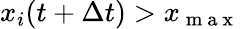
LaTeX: x_{i}(t+\Delta t)>x_{\mathrm{~m~a~x~}}